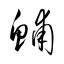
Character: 鯆